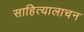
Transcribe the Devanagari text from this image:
साहित्यालाचन